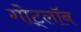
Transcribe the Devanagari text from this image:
गोट्लॉब